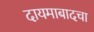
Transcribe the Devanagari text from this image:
दायमाबादचा